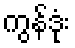
ကွန်ဒုံး